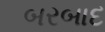
બરબાદ